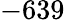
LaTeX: -639